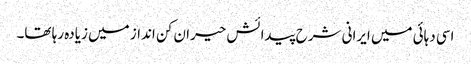
اسی دہائی میں ایرانی شرح پیدائش حیران کن انداز میں زیادہ رہا تھا۔